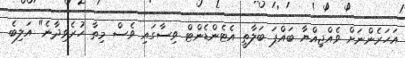
އަހަރެންނަށް ވެއްޖިއްޔާ ބައްޕަ ބަލާތީ އެޓެންޑެންޓް ވިސާގައި ވެސް މިތާ ހުރެވިދާނެ" އަލިބެ